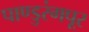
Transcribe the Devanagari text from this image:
पाण्डुरंगपूर